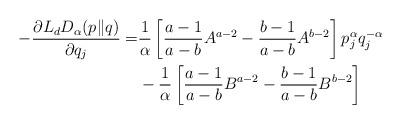
LaTeX: \begin{align*}-\frac{\partial L_{d}D_{\alpha}(p\|q)}{\partial q_{j}}=&\frac{1}{\alpha}\left[\frac{a-1}{a-b}A^{a-2}-\frac{b-1}{a-b}A^{b-2}\right]p^{\alpha}_{j}q^{-\alpha}_{j}\\&-\frac{1}{\alpha}\left[\frac{a-1}{a-b}B^{a-2}-\frac{b-1}{a-b}B^{b-2}\right]\end{align*}